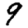
Digit: 9